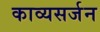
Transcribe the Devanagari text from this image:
काव्यसर्जन